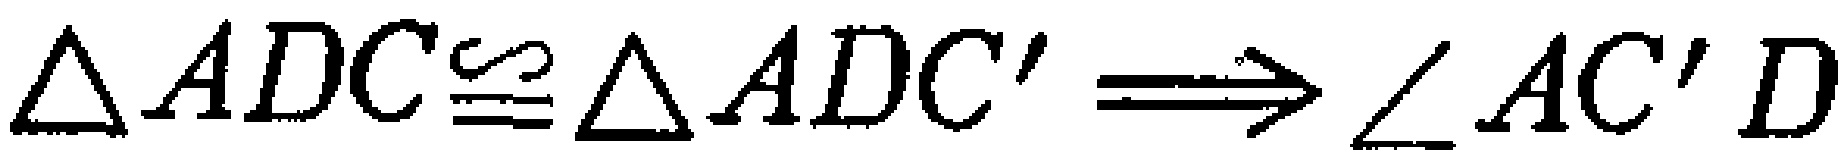
$\triangle ADC\cong\triangle ADC'\Longrightarrow\angle AC'D$